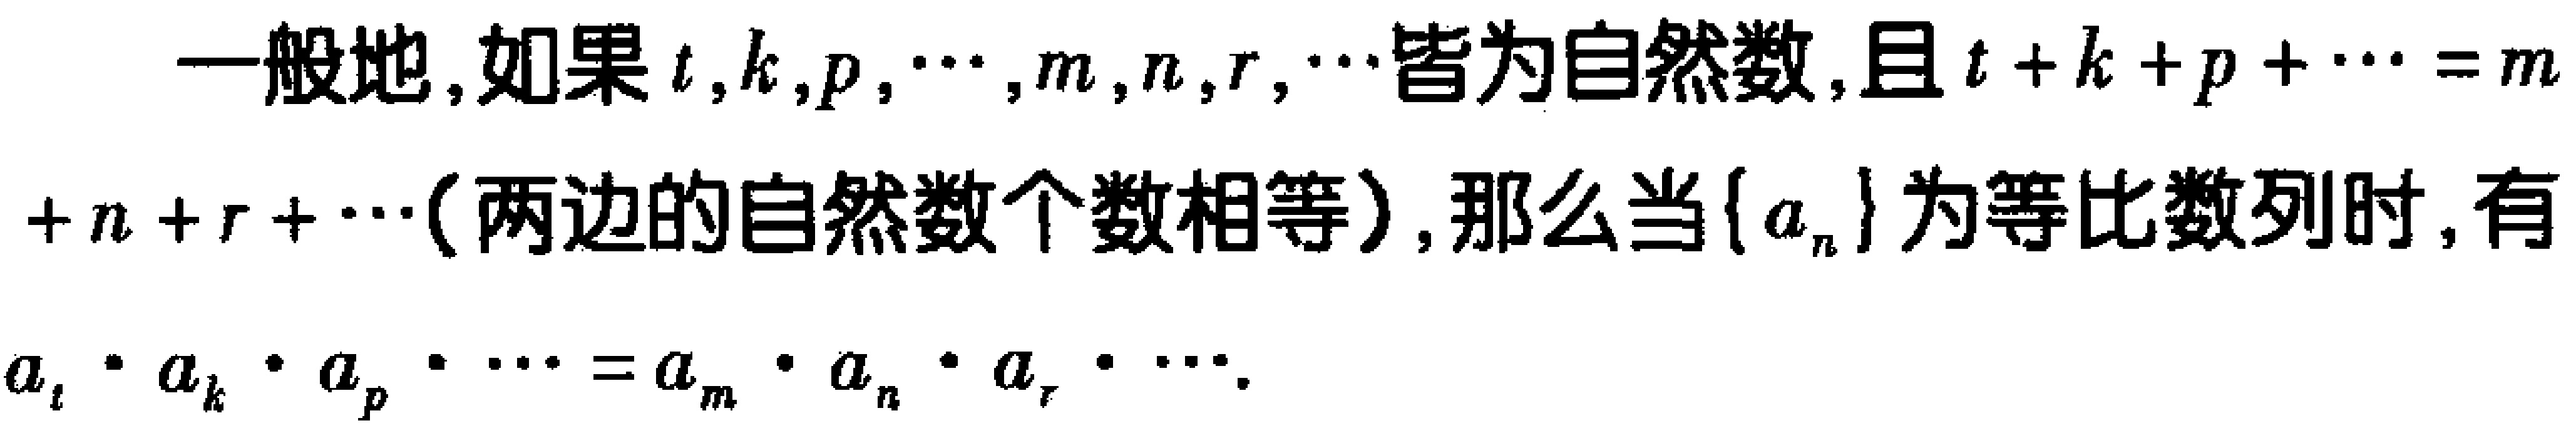
一般地，如果\(t,k,p,\cdots,m,n,r,\cdots\)皆为自然数，且\(t + k + p+\cdots = m + n + r+\cdots\)（两边的自然数个数相等），那么当\(\{ a_{n}\}\)为等比数列时，有\(a_{t}\cdot a_{k}\cdot a_{p}\cdot\cdots = a_{m}\cdot a_{n}\cdot a_{r}\cdot\cdots\)。